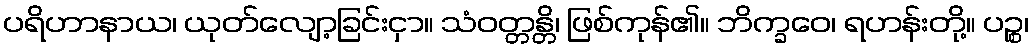
ပရိဟာနာယ၊ ယုတ်လျော့ခြင်းငှာ။ သံဝတ္တန္တိ၊ ဖြစ်ကုန်၏။ ဘိက္ခဝေ၊ ရဟန်းတို့။ ပဉ္စ၊